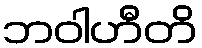
ဘဝါဟီတိ